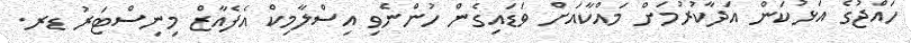
ހައްޖުގެ އަޅުކަން އަދާކުރުމަށް މައްކާއަށް ވަޑައިގެން ހުންނެވި އިސްލާމިކް އެފެއާޒް މިނިސްޓަރު ޑރ.